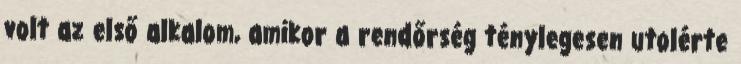
volt az első alkalom, amikor a rendőrség ténylegesen utolérte